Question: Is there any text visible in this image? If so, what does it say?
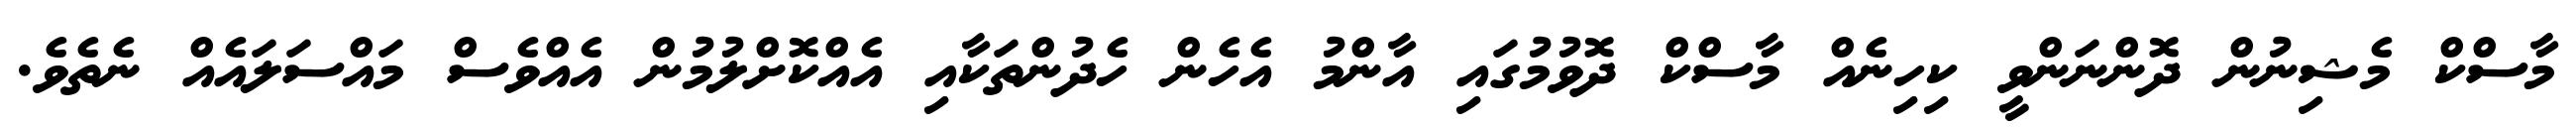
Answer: މާސްކް މެޝިނުން ދޮންނަންވީ ކިހިނެއް މާސްކް ދޮވުމުގައި އާންމު އެހެން ހެދުންތަކާއި އެއްކޮށްލުމުން އެއްވެސް މައްސަލައެއް ނެތެވެ.